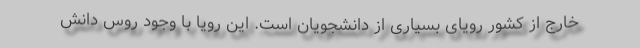
خارج از کشور رویای بسیاری از دانشجویان است. این رویا با وجود روس دانش